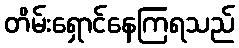
တိမ်းရှောင်နေကြရသည်